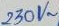
Text: 230V~